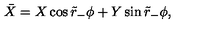
\bar { X } = X \cos \tilde { r } _ { - } \phi + Y \sin \tilde { r } _ { - } \phi ,